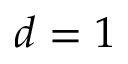
d = 1